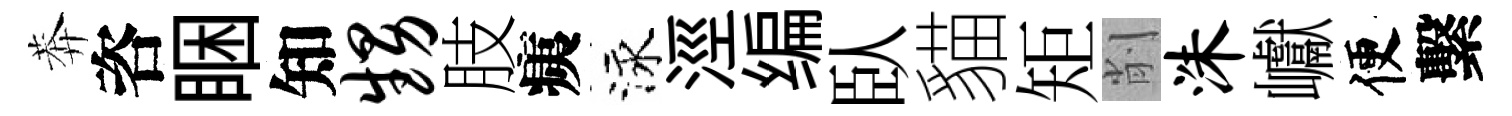
莾咨睏知甥肢痍泳涇编臥貓矩削洙巘便繫